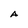
Character: A